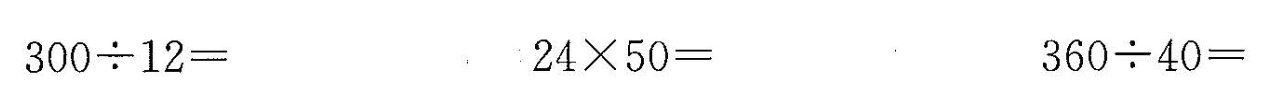
$$3 0 0 \div 1 2 =$$ $$2 4 \times 5 0 =$$ $$3 6 0 \div 4 0 =$$